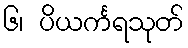
၆၊ ပိယင်္ကရသုတ်